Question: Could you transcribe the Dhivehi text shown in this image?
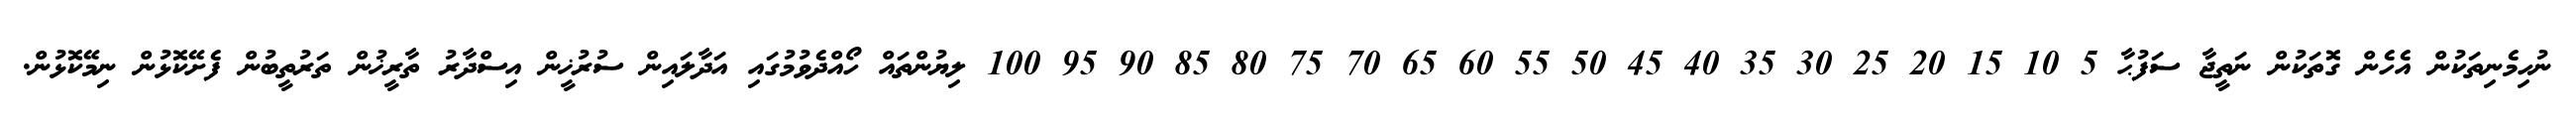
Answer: ނުހިމެނިތަކުން އެހެން ގޮތަކުން ނަތީޖާ ސަފުޙާ 5 10 15 20 25 30 35 40 45 50 55 60 65 70 75 80 85 90 95 100 ލިޔުންތައް ހޯއްދެވުމުގައި އަދާލައިން ސުރުޚީން އިސްދާރު ތާރީޚުން ތަރުތީބުން ފެށޭކޮޅުން ނިމޭކޮޅުން.